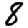
Digit: 8